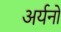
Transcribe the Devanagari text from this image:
अर्यनों